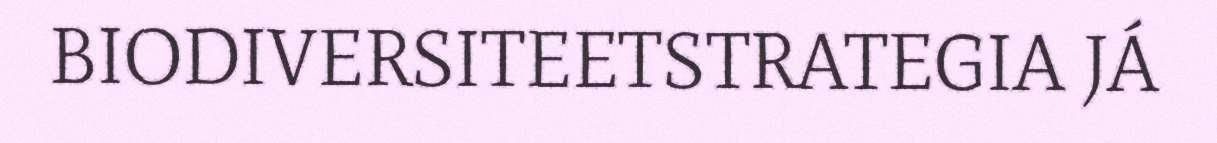
BIODIVERSITEETSTRATEGIA JÁ